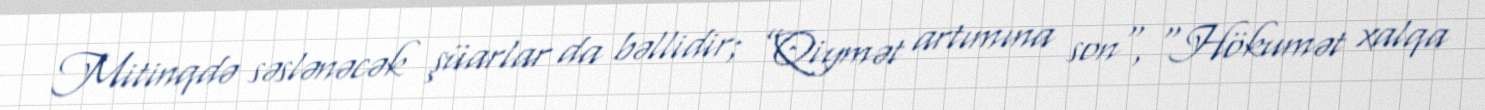
Mitinqdə səslənəcək şüarlar da bəllidir; ”Qiymət artımına son", “Hökumət xalqa